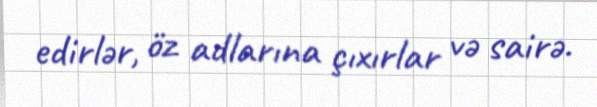
edirlər, öz adlarına çıxırlar və sairə.